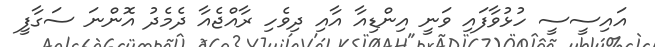
އައިސީސީ ހުޅުވާފައި ވަނީ އިންޑިއާ އާއި ދިވެހި ރާއްޖެއާ ދެމެދު އޮންނަ ސަގާފީ